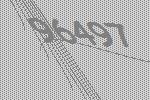
96497